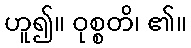
ဟူ၍။ ဝုစ္စတိ၊ ၏။